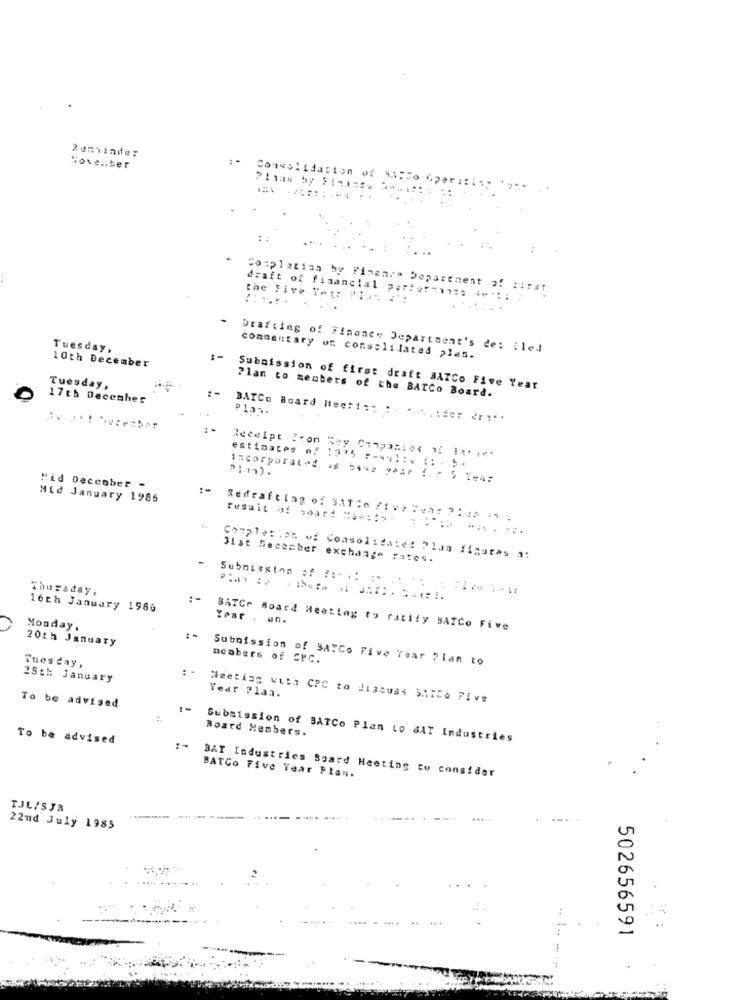
Reminde:
November
Consolidation of 415Co Gp
Completion by Finance Department of : ! rs!
the Five Year Plan #':
draft of financial partof-11: 4 **::
Tuesday.
Drafting of Finance Department's de: iled
10th December
1-
commentary on consolilated plan.
Tuesday,
Submission of first draft BATCo Five Year
Plan to members of the BATCo Board.
17th December
BATCo Board Nieet1 :: :. ..... : her er :!.
:-
Receipt fron Key Companies of Ia're.
2141).
estimates of 1975 :- vul: * 1: . 5+
incorporated is 5442 year f. : 5 Year
"id Deccober -
Mid January 1986
Sedrafting of 3ATio Five #en: 2: 48 is -
result of board :ce :!== = === =====
31st December exchange rates.
Completion of Consolidated Plan figuras a:
Submission of ::-.: : "
Thursday,
16th January 1986
Year . an.
Monday .
BATCH Board Meeting to racity BATCo Five
20th January
Tuesday,
Submission of SAYCo Five Year Plan to
neabers of CPC.
: -
25th January
To be advised
Meeting with CPC to discuss STICO Five
Year Plaa.
Board Members.
To be advised
Submission of BATCo Plan to SAT Industries
BAT Industries Board Heeting to consider
BATCo Five Year Plan.
IJL/SJB
.....
22nd July 1985
502656591